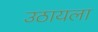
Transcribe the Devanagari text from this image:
उठायला